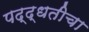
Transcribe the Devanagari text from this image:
पद्द्धतीचा